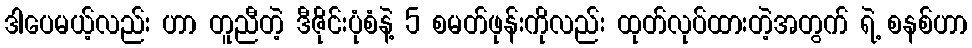
ဒါပေမယ့်လည်း ဟာ တူညီတဲ့ ဒီဇိုင်းပုံစံနဲ့ 5 စမတ်ဖုန်းကိုလည်း ထုတ်လုပ်ထားတဲ့အတွက် ရဲ့ စနစ်ဟာ